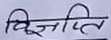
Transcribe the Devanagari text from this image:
विज्ञापित